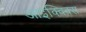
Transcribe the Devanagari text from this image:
आइक्विक्स